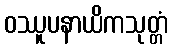
ဝဿူပနာယိကသုတ္တံ